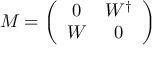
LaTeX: M = \left( \begin{array} { c c } { { 0 } } & { { W ^ { \dagger } } } \\ { { W } } & { { 0 } } \end{array} \right)